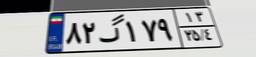
۵۴گ۹۳۰۶۸